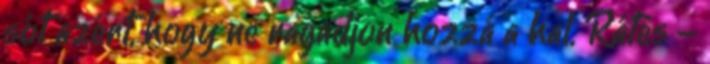
sót azért, hogy ne ragadjon hozzá a hal. Rátes�-